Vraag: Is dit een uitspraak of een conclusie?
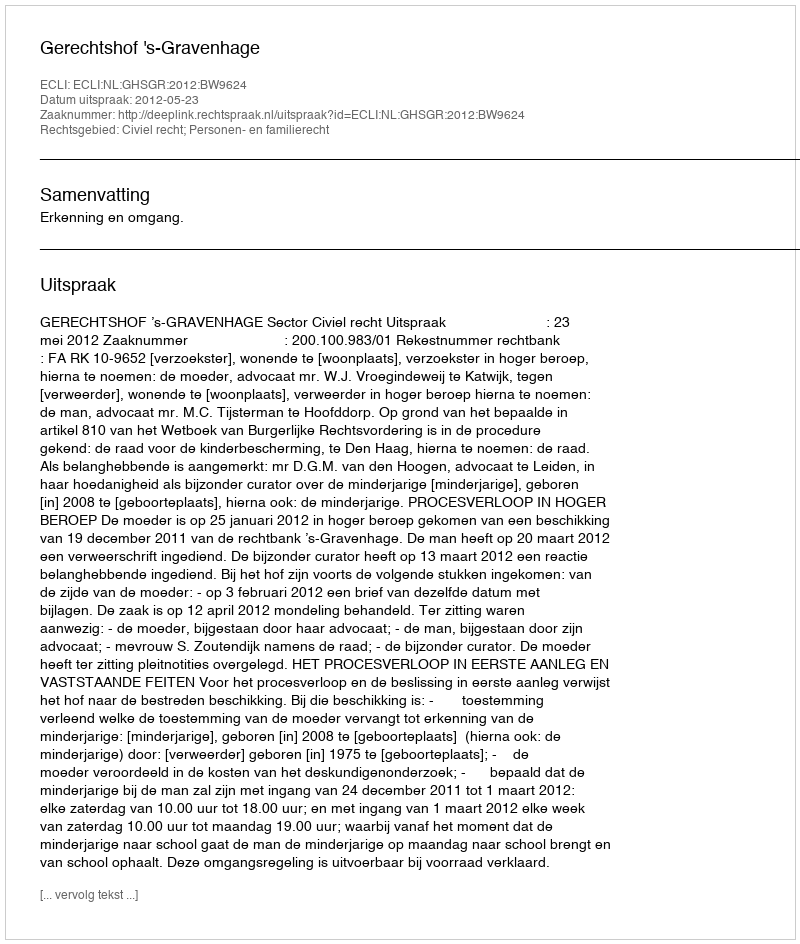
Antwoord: Uitspraak